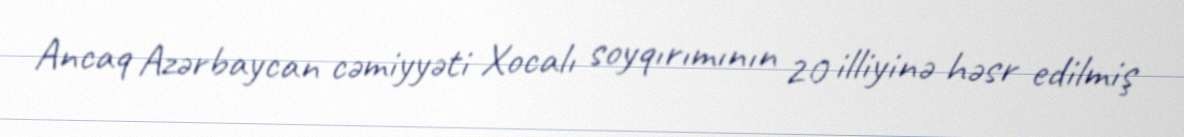
Ancaq Azərbaycan cəmiyyəti Xocalı soyqırımının 20 illiyinə həsr edilmiş